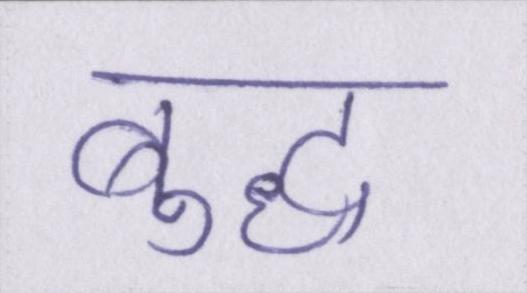
बुद्ध